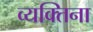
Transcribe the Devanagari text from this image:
व्यक्तिना